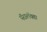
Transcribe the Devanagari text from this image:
पॅरालॅक्स